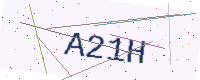
Text: A21H